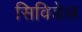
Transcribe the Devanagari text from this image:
सिविडेल